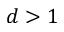
d > 1